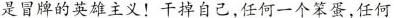
是冒牌的英雄主义！干掉自己，任何一个笨蛋，任何